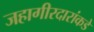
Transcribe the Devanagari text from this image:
जहागीरदारांकडे